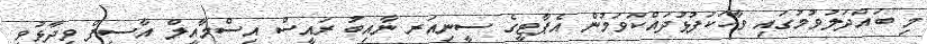
މި ބައްދަލުވުމުގައި ވާހަކަފުޅުދައްކަވަމުން އެޕާޓީގެ ސީނިއަރ ނާއިބު ރައީސް އިސްމާއީލް އާސިފް ވިދާޅުވީ